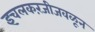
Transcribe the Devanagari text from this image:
इचलकरंजीजवळून